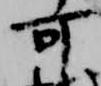
可